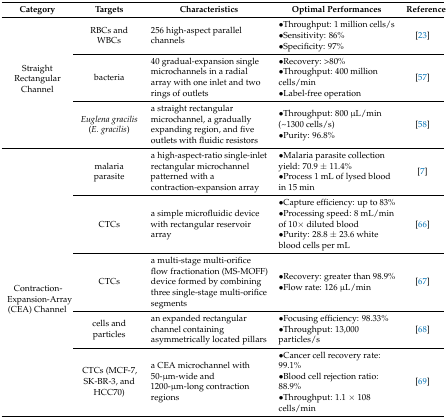
<table><thead><tr><td><b>Category</b></td><td><b>Targets</b></td><td><b>Characteristics</b></td><td><b>Optimal Performances</b></td><td><b>Reference</b></td></tr></thead><tbody><tr><td rowspan="3">Straight Rectangular Channel</td><td>RBCs and WBCs</td><td>256 high-aspect parallel channels</td><td>•Throughput: 1 million cells/s•Sensitivity: 86%•Specificity: 97%</td><td>[23]</td></tr><tr><td>bacteria</td><td>40 gradual-expansion single microchannels in a radial array with one inlet and two rings of outlets</td><td>•Recovery: &gt;80%•Throughput: 400 million cells/min•Label-free operation</td><td>[57]</td></tr><tr><td><i>Euglena gracilis</i> (<i>E. gracilis</i>)</td><td>a straight rectangular microchannel, a gradually expanding region, and five outlets with fluidic resistors</td><td>•Throughput: 800 μL/min (~1300 cells/s)•Purity: 96.8%</td><td>[58]</td></tr><tr><td rowspan="5">Contraction-Expansion-Array (CEA) Channel</td><td>malaria parasite</td><td>a high-aspect-ratio single-inlet rectangular microchannel patterned with a contraction-expansion array</td><td>•Malaria parasite collection yield: 70.9 ± 11.4%•Process 1 mL of lysed blood in 15 min</td><td>[7]</td></tr><tr><td>CTCs</td><td>a simple microfluidic device with rectangular reservoir array</td><td>•Capture efficiency: up to 83%•Processing speed: 8 mL/min of 10× diluted blood•Purity: 28.8 ± 23.6 white blood cells per mL</td><td>[66]</td></tr><tr><td>CTCs</td><td>a multi-stage multi-orifice flow fractionation (MS-MOFF) device formed by combining three single-stage multi-orifice segments</td><td>•Recovery: greater than 98.9%•Flow rate: 126 μL/min</td><td>[67]</td></tr><tr><td>cells and particles</td><td>an expanded rectangular channel containing asymmetrically located pillars</td><td>•Focusing efficiency: 98.33%•Throughput: 13,000 particles/s</td><td>[68]</td></tr><tr><td>CTCs (MCF-7, SK-BR-3, and HCC70)</td><td>a CEA microchannel with 50-μm-wide and 1200-μm-long contraction regions</td><td>•Cancer cell recovery rate: 99.1%•Blood cell rejection ratio: 88.9%•Throughput: 1.1 × 108 cells/min</td><td>[69]</td></tr></tbody></table>